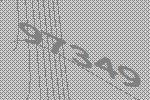
97349